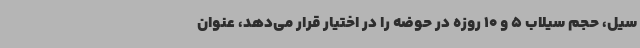
سیل، حجم سیلاب 5 و 10 روزه در حوضه را در اختیار قرار می‌دهد، عنوان